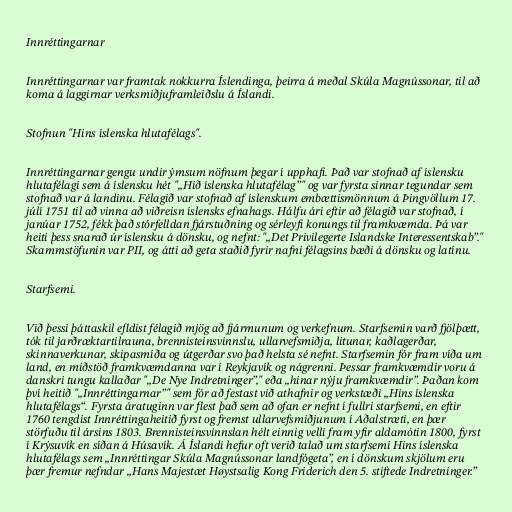
Innréttingarnar

Innréttingarnar var framtak nokkurra Íslendinga, þeirra á meðal Skúla Magnússonar, til að
koma á laggirnar verksmiðjuframleiðslu á Íslandi.

Stofnun "Hins íslenska hlutafélags".

Innréttingarnar gengu undir ýmsum nöfnum þegar í upphafi. Það var stofnað af íslensku
hlutafélagi sem á íslensku hét "„Hið íslenska hlutafélag”" og var fyrsta sinnar tegundar sem
stofnað var á landinu. Félagið var stofnað af íslenskum embættismönnum á Þingvöllum 17.
júlí 1751 til að vinna að viðreisn íslensks efnahags. Hálfu ári eftir að félagið var stofnað, í
janúar 1752, fékk það stórfelldan fjárstuðning og sérleyfi konungs til framkvæmda. Þá var
heiti þess snarað úr íslensku á dönsku, og nefnt: "„Det Privilegerte Islandske Interessentskab”."
Skammstöfunin var PII, og átti að geta staðið fyrir nafni félagsins bæði á dönsku og latínu.

Starfsemi.

Við þessi þáttaskil efldist félagið mjög að fjármunum og verkefnum. Starfsemin varð fjölþætt,
tók til jarðræktartilrauna, brennisteinsvinnslu, ullarvefsmiðja, litunar, kaðlagerðar,
skinnaverkunar, skipasmíða og útgerðar svo það helsta sé nefnt. Starfsemin fór fram víða um
land, en miðstöð framkvæmdanna var í Reykjavík og nágrenni. Þessar framkvæmdir voru á
danskri tungu kallaðar "„De Nye Indretninger”," eða „hinar nýju framkvæmdir”. Þaðan kom
því heitið "„Innréttingarnar”" sem fór að festast við athafnir og verkstæði „Hins íslenska
hlutafélags“. Fyrsta áratuginn var flest það sem að ofan er nefnt í fullri starfsemi, en eftir
1760 tengdist Innréttingaheitið fyrst og fremst ullarvefsmiðjunum í Aðalstræti, en þær
störfuðu til ársins 1803. Brennisteinsvinnslan hélt einnig velli fram yfir aldamótin 1800, fyrst
í Krýsuvík en síðan á Húsavík. Á Íslandi hefur oft verið talað um starfsemi Hins íslenska
hlutafélags sem „Innréttingar Skúla Magnússonar landfógeta”, en í dönskum skjölum eru
þær fremur nefndar „Hans Majestæt Høystsalig Kong Friderich den 5. stiftede Indretninger.”